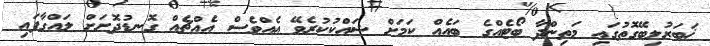
ޚަބަރުލިބޭގޮތުގައި މަތިންދާ ބޯޓެއްގެ ބައެއް ކަމަށް ޝައްކުކުރެވޭ އެއްވެސް އެއްޗެއް ގޮނޑުދޮށަށް ލައްގާފައި